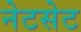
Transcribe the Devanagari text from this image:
नेटसेट